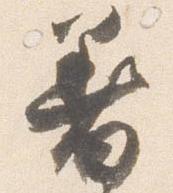
着